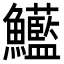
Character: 𩽭